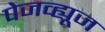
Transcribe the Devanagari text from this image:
पेजव्ह्यूज